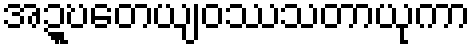
အဍ္ဎတေယျဝဿသတာယုကာ